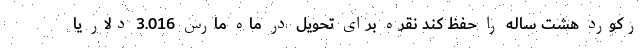
رکورد هشت ساله را حفظ کند نقره برای تحویل در ماه مارس 3.016 دلار یا